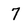
Character: 7